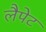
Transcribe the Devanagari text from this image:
लैपेट